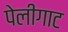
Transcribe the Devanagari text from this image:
पेलीगाट